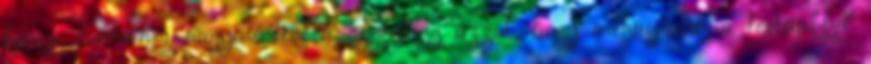
könyv tartalma nagymértékben összefügg azzal, hogy megnyissuk a testünkkel